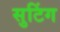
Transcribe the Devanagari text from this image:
सुटिंग